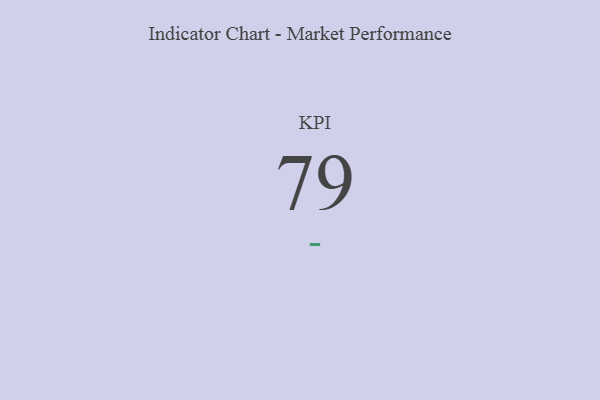
{"axis": {"x": "KPI", "y": "Value"}, "legend": [""], "data": [{"x": "KPI", "y": 79, "type": ""}]}